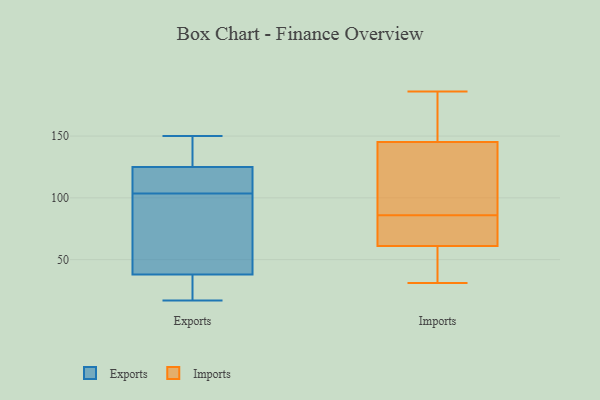
{"axis": {"x": "Page Views", "y": "Value"}, "legend": ["Exports", "Imports"], "data": [{"x": "", "y": 125, "type": "Exports"}, {"x": "", "y": 66, "type": "Exports"}, {"x": "", "y": 22, "type": "Exports"}, {"x": "", "y": 150, "type": "Exports"}, {"x": "", "y": 128, "type": "Exports"}, {"x": "", "y": 38, "type": "Exports"}, {"x": "", "y": 123, "type": "Exports"}, {"x": "", "y": 108, "type": "Exports"}, {"x": "", "y": 99, "type": "Exports"}, {"x": "", "y": 17, "type": "Exports"}, {"x": "", "y": 117, "type": "Imports"}, {"x": "", "y": 155, "type": "Imports"}, {"x": "", "y": 85, "type": "Imports"}, {"x": "", "y": 96, "type": "Imports"}, {"x": "", "y": 39, "type": "Imports"}, {"x": "", "y": 52, "type": "Imports"}, {"x": "", "y": 86, "type": "Imports"}, {"x": "", "y": 137, "type": "Imports"}, {"x": "", "y": 142, "type": "Imports"}, {"x": "", "y": 186, "type": "Imports"}, {"x": "", "y": 85, "type": "Imports"}, {"x": "", "y": 180, "type": "Imports"}, {"x": "", "y": 48, "type": "Imports"}, {"x": "", "y": 70, "type": "Imports"}, {"x": "", "y": 64, "type": "Imports"}, {"x": "", "y": 155, "type": "Imports"}, {"x": "", "y": 31, "type": "Imports"}]}